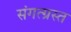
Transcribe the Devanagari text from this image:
संगत्ग्रस्त